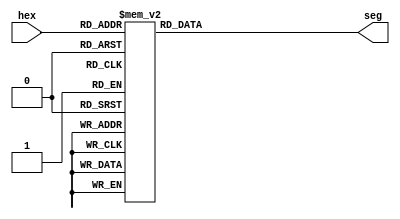
module seg_decode(hex, seg/*AUTOARG*/);
input [3:0] hex;
output [6:0] seg;
reg [6:0] seg;

always @ (/*AS*/hex) 
	begin
	case (hex)
	4'b0001 : seg = 7'b111_1001; // 1 
	4'b0010 : seg = 7'b010_0100; // 2
	4'b0011 : seg = 7'b011_0000; // 3
	4'b0100 : seg = 7'b001_1001; // 4
	4'b0101 : seg = 7'b001_0010; // 5
	4'b0110 : seg = 7'b000_0010; // 6
	4'b0111 : seg = 7'b111_1000; // 7
	4'b1000 : seg = 7'b000_0000; // 8
	4'b1001 : seg = 7'b001_0000; // 9
	4'b1010 : seg = 7'b000_1000; // A
	4'b1011 : seg = 7'b000_0011; // b
	4'b1100 : seg = 7'b100_0110; // c
	4'b1101 : seg = 7'b010_0001; // d
	4'b1110 : seg = 7'b000_0110; // E
	4'b1111 : seg = 7'b000_1110; // F
	default : seg = 7'b100_0000; // 0
	endcase
end

endmodule